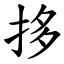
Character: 拸